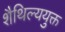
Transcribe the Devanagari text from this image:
शैथिल्ययुक्त